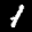
Label: 1